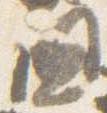
国